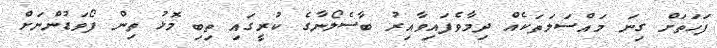
ފަހަތަށް ގިނަ މައްސަލަތަކެއް ދިމާވެފައިވާއިރު ބާސެލޯނާގެ ކުރީގައި ތިބި މޮޅު ތިން ފޯވަޑުންނަށް